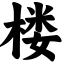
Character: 楼